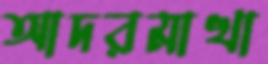
আদরমাখা